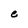
Character: e